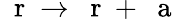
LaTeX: \mathrm{~\mathbf~r~}\to\mathrm{~\mathbf~r~}+\mathrm{~\mathbf~a~}